Problem: 33 ÷ 3 = ?
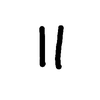
Handwritten answer: 11